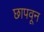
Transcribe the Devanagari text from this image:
छापवून